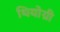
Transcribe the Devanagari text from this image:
थियोग्री